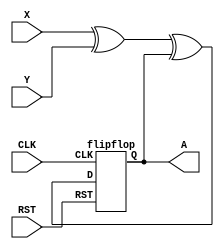
module stateMachine(A, CLK, X, Y, RST);
input CLK, X, Y, RST;
output A;

wire D1, D2;

assign D1 = (X^Y);
assign D2 = (D1^A);
flipflop ff(.Q(A), .CLK(CLK), .D(D2), .RST(RST));


endmodule


module flipflop(Q, Qc, CLK, D, RST);
input CLK, D, RST;
output Q, Qc;

wire S, R;
wire Sc, Rc;

assign Sc = !(Rc&S);
assign S = !(Sc&CLK&RST);
assign R = !(Rc&CLK);
assign Rc = !(R&D&RST);

assign Q = !(Qc&S);
assign Qc = !(Q&R&RST);


endmodule